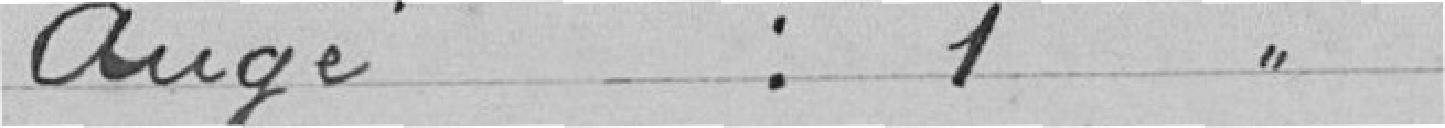
Augé : 1 voix